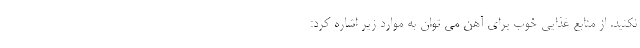
نکنید. از منابع غذایی خوب برای آهن می توان به موارد زیر اشاره کرد: